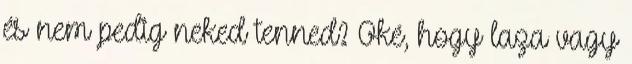
és nem pedig neked tenned? Oké, hogy laza vagy